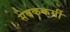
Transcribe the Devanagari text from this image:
सेवककर्मी